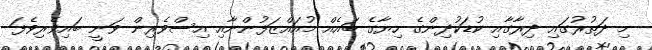
މި ދަތުރުގައި ދިރާގާއި ކުޑަކުދިންގެ ހިޔާގެ ބައެއް މުއައްޒަފުންނާއި އިސްވެރިން ވަނީ ބައިވެރިވެފަ